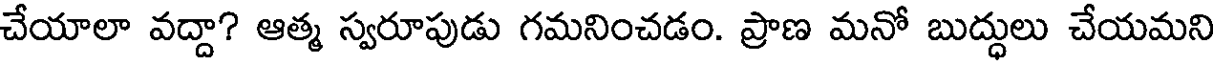
చేయాలా వద్దా? ఆత్మ స్వరూపుడు గమనించడం. ప్రాణ మనో బుద్ధులు చేయమని